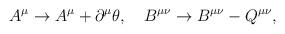
LaTeX: \begin{align*}A^\mu \rightarrow A^\mu+\partial^\mu\theta,~~~B^{\mu\nu}\rightarrow B^{\mu\nu}-Q^{\mu\nu},\end{align*}